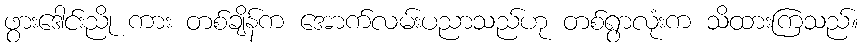
ဖွားဒေါင်းညို ကား တစ်ချိန်က အောက်လမ်းပညာသည်ဟု တစ်ရွာလုံးက သိထားကြသည်။